Annual administration report of the Civil Veterinary Department of India - 1894-1895
Year: 1894
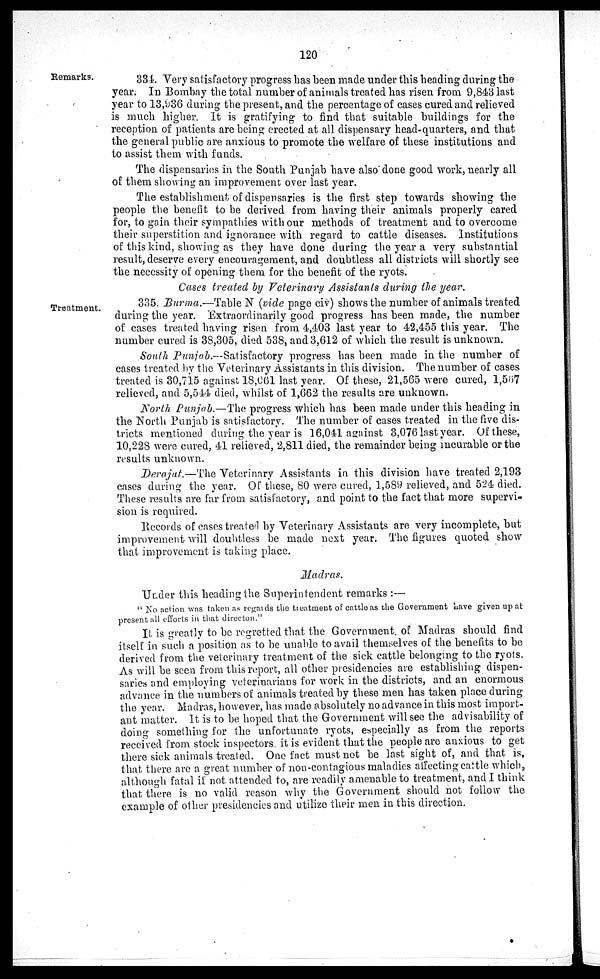
120
Remarks.
334. Very satisfactory progress has been made under this heading during the
year. In Bombay the total number of animals treated has risen from 9,843 last
year to 13,936 during the present, and the percentage of cases cured and relieved
is much higher. It is gratifying to find that suitable buildings for the
reception of patients are being erected at all dispensary head-quarters, and that
the general public are anxious to promote the welfare of these institutions and
to assist them with funds.
The dispensaries in the South Punjab have also done good work, nearly all
of them showing an improvement over last year.
The establishment of dispensaries is the first step towards showing the
people the benefit to be derived from having their animals properly cared
for, to gain their sympathies with our methods of treatment and to overcome
their superstition and ignorance with regard to cattle diseases. Institutions
of this kind, showing as they have done during the year a very substantial
result, deserve every encouragement, and doubtless all districts will shortly see
the necessity of opening them for the benefit of the ryots.
Cases treated by Veterinary Assistants during the year.
Treatment.
335. Burma.—Table N (vide page civ) shows the number of animals treated
during the year. Extraordinarily good progress has been made, the number
of cases treated having risen from 4,403 last year to 42,455 this year. The
number cured is 38,305, died 538, and 3,612 of which the result is unknown.
South Punjab.—Satisfactory progress has been made in the number of
cases treated by the Veterinary Assistants in this division. The number of cases
treated is 30,715 against 18,061 last year. Of these, 21,565 were cured, 1,567
relieved, and 5,544 died, whilst of 1,662 the results are unknown.
North Punjab.—The progress which has been made under this heading in
the North Punjab is satisfactory. The number of cases treated in the five dis-
tricts mentioned during the year is 16,041 against 3,076 last year. Of these,
10,228 were cured, 41 relieved, 2,811 died, the remainder being incurable or the
results unknown.
Derajat.—The Veterinary Assistants in this division have treated 2,193
cases during the year. Of these, 80 were cured, 1,589 relieved, and 524 died.
These results are far from satisfactory, and point to the fact that more supervi-
sion is required.
Records of cases treated by Veterinary Assistants are very incomplete, but
improvement will doubtless be made next year. The figures quoted show
that improvement is taking place.
Madras.
Under this heading the Superintendent remarks :—
" No action was taken as regards the treatment of cattle as the Government have given up at
present all efforts in that directon."
It is greatly to be regretted that the Government of Madras should find
itself in such a position as to be unable to avail themselves of the benefits to be
derived from the veterinary treatment of the sick cattle belonging to the ryots.
As will be seen from this report, all other presidencies are establishing dispen-
saries and employing veterinarians for work in the districts, and an enormous
advance in the numbers of animals treated by these men has taken place during
the year. Madras, however, has made absolutely no advance in this most import-
ant matter. It is to be hoped that the Government will see the advisability of
doing something for the unfortunate ryots, especially as from the reports
received from stock inspectors it is evident that the people are anxious to get
there sick animals treated. One fact must not be last sight of, and that is,
that there are a great number of non-contagious maladies affecting cattle which,
although fatal if not attended to, are readily amenable to treatment, and I think
that there is no valid reason why the Government should not follow the
example of other presidencies and utilize their men in this direction.